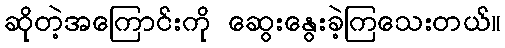
ဆိုတဲ့အကြောင်းကို ဆွေးနွေးခဲ့ကြသေးတယ်။